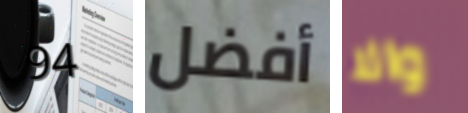
94 أفضل والا